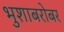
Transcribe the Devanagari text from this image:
भुशाबरोबर